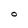
Character: O